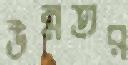
উন্নতর